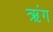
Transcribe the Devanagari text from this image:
ऋंग